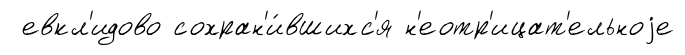
евкл'идово сохран'и́вшихс'я н'еотр'ицат'ельноjе